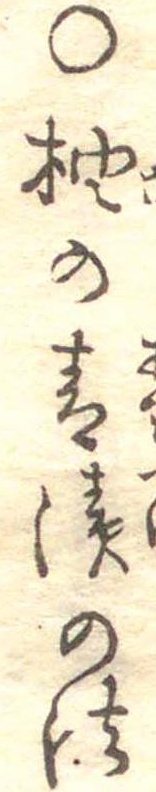
○柚の青漬の法